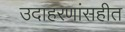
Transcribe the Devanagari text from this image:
उदाहरणांसहीत